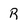
Character: R